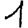
Digit: 1